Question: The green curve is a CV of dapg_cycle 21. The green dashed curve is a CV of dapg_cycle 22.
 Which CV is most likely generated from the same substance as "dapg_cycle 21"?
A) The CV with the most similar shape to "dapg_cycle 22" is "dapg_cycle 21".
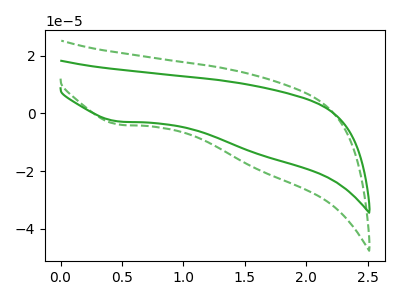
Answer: <think>The green curve "dapg_cycle 21" has a cathodic peak at: (0.45V, -2.80uA). The green dashed curve "dapg_cycle 22" has a cathodic peak at: (0.45V, -3.85uA).
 All the peaks in "dapg_cycle 21" have a peak in "dapg_cycle 22" at the same potential. Every peak in "dapg_cycle 21" is lower than every peak in "dapg_cycle 22".</think>
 <answer>A) The CV with the most similar shape to "dapg_cycle 22" is "dapg_cycle 21".</answer>
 <eval>A</eval>